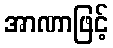
အာဏာဖြင့်